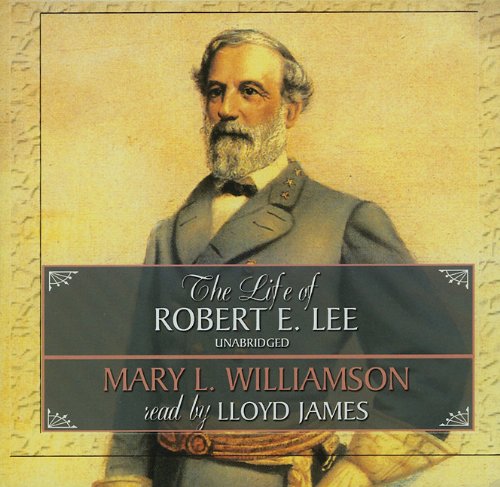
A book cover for The Life of Robert E. Lee: Library Edition; Mary L. Williamson; Teen & Young Adult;